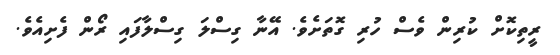
ރީތިކޮށް ކުރިން ވެސް ހުރި ގޮތަށެވެ. އޭނާ ގިސްލަ ގިސްލާފައި ރޯން ފެށިއެވެ.